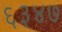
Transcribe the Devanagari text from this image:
६३४७